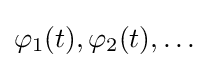
\varphi _{1}(t),\varphi _{2}(t),\dots